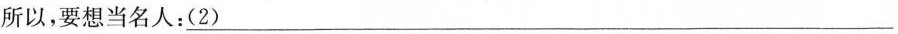
所以，要想当名人：\underline{（2）}___